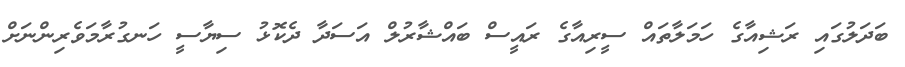
ބަދަލުގައި ރަޝިއާގެ ހަމަލާތައް ސީރިއާގެ ރައީސް ބައްޝާރުލް އަސަދާ ދެކޮޅު ސިޔާސީ ހަނގުރާމަވެރިންނަށް